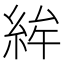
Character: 𥿵